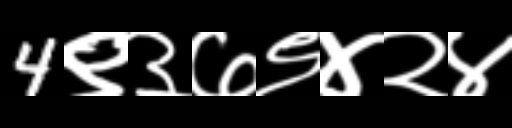
Text: 4९३७९४२४